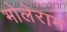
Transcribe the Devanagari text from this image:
भोलेराम